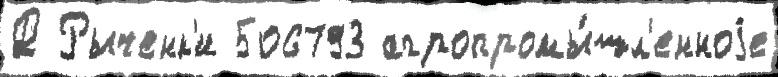
Д Рыченк'и 506793 агропромы́шл'енноjе